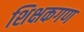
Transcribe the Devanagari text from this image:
शिक्षकगण